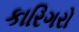
કારિગરો